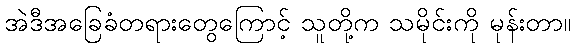
အဲဒီအခြေခံတရားတွေကြောင့် သူတို့က သမိုင်းကို မုန်းတာ။